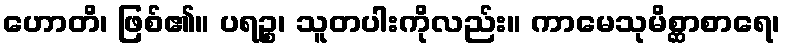
ဟောတိ၊ ဖြစ်၏။ ပရဉ္စ၊ သူတပါးကိုလည်း။ ကာမေသုမိစ္ဆာစာရေ၊